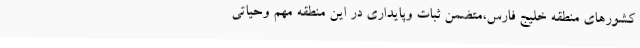
کشورهای منطقه خلیج فارس،متضمن ثبات وپایداری در این منطقه مهم وحیاتی